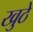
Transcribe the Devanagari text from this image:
खुठे